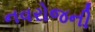
નવરોજની